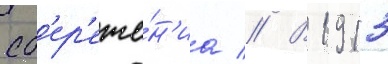
сб'ер'еже́н'иа // В 1913